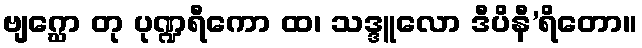
ဗျဂ္ဃော တု ပုဏ္ဍရီကော ထ၊ သဒ္ဒူလော ဒီပိနီ’ရိတော။